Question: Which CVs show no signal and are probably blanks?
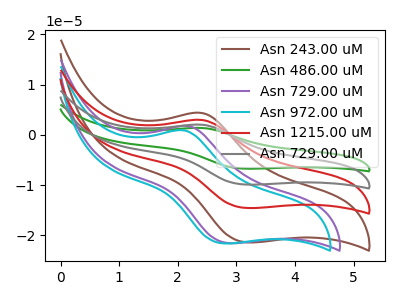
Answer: <think>The brown curve "Asn 243.00 uM" has an anodic peak at (2.40V, 4.35uA) and a cathodic peak at (3.20V, -21.40uA). The green curve "Asn 486.00 uM" has an anodic peak at (2.40V, 8.90uA) and a cathodic peak at (3.20V, -43.75uA). The purple curve "Asn 729.00 uM" has an anodic peak at (2.20V, 1.75uA) and a cathodic peak at (2.90V, -21.60uA). The cyan curve "Asn 972.00 uM" has an anodic peak at (2.10V, 0.90uA) and a cathodic peak at (2.80V, -21.65uA). The red curve "Asn 1215.00 uM" has an anodic peak at (2.40V, 2.95uA) and a cathodic peak at (3.20V, -14.60uA). The gray curve "Asn 729.00 uM" has an anodic peak at (2.40V, 5.95uA) and a cathodic peak at (3.20V, -29.15uA).</think>
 <answer>There are not any CV's on this graph that are likely to be blanks.</answer>
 <eval>none</eval>